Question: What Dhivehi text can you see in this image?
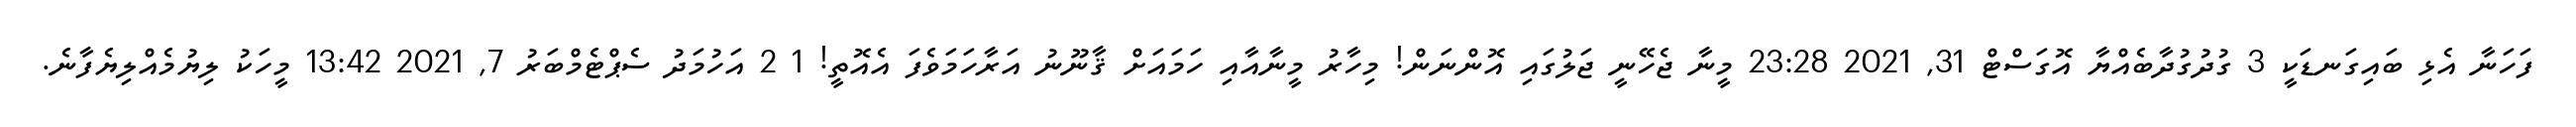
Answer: ފަހަނާ އެޅި ބައިގަނޑަކީ 3 ގުދުގުދާބެއްޔާ އޮގަސްޓް 31, 2021 23:28 މީނާ ޖެހޭނީ ޖަލުގައި އޮންނަން! މިހާރު މީނާއާއި ހަމައަށް ޤާނޫނު އަރާހަމަވެފަ އެއޮތީ! 1 2 އަހުމަދު ސެޕްޓެމްބަރު 7, 2021 13:42 މީހަކު ލިޔުމެއްލިޔެފާނެ.